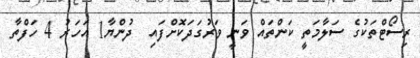
ރިސޯޓްތަކުގެ ސަލާމަތީ ކަންތައް ވަނީ ވަރުގަދަކޮށްފައި  ދުންޔާ1 އަހަރު 4 ހަފްތާ